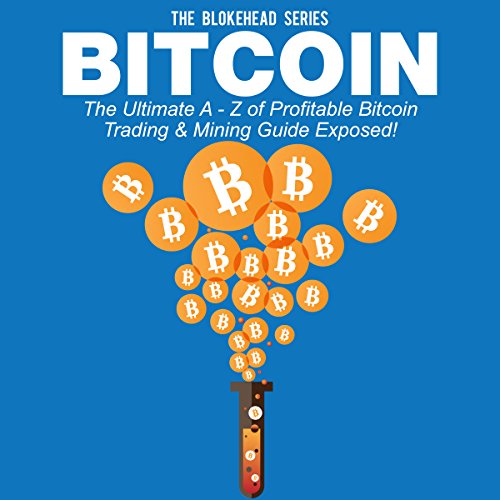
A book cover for Bitcoin: The Ultimate A - Z of Profitable Bitcoin Trading & Mining Guide Exposed: The Blokehead Success Series;  The Blokehead; Computers & Technology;